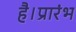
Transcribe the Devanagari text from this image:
है।प्रारंभ